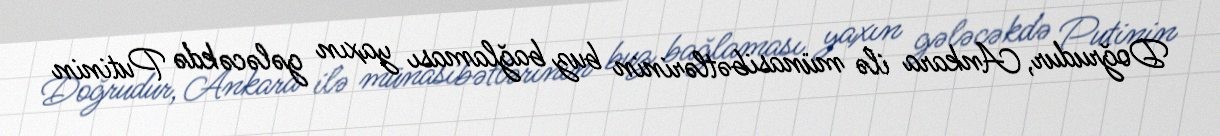
Doğrudur, Ankara ilə münasibətlərinin buz bağlaması yaxın gələcəkdə Putinin